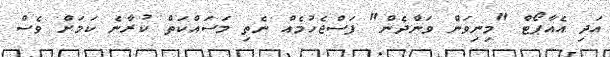
އަދި އެއާޕޯޓް "މިނިވަން ވަންދެން" ފަސްޖެހުމެއް ނެތި މަސައްކަތް ކުރާނެ ކަމަށް ވެސް